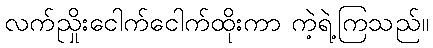
လက်ညှိုးငေါက်ငေါက်ထိုးကာ ကဲ့ရဲ့ကြသည်။